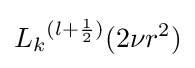
{L_{k}}^{(l+{1 \over 2})}(2\nu r^{2})